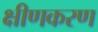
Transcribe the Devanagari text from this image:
क्षीणकरण